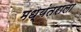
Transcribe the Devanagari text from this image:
मध्यंतराला